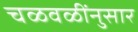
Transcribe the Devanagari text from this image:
चळवळींनुसार